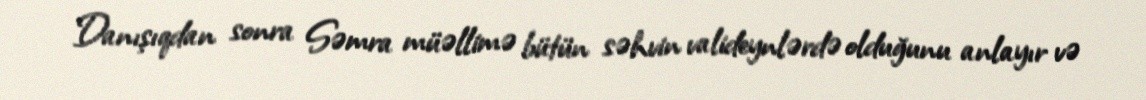
Danışıqdan sonra Səmra müəllimə bütün səhvin valideynlərdə olduğunu anlayır və